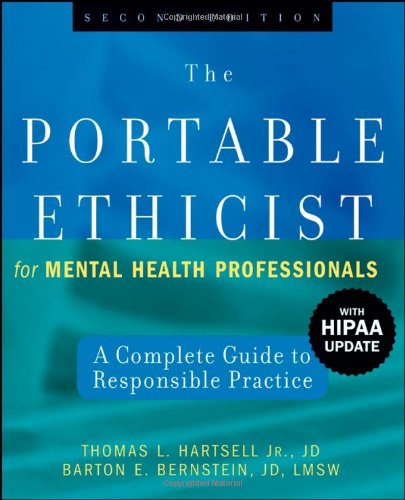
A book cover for The Portable Ethicist for Mental Health Professionals, with HIPAA Update: A Complete Guide to Responsible Practice; Thomas L. Hartsell Jr.  JD; Medical Books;